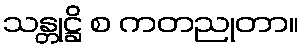
သန္တုဋ္ဌိ စ ကတညုတာ။